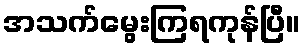
အသက်မွေးကြရကုန်ပြီ။